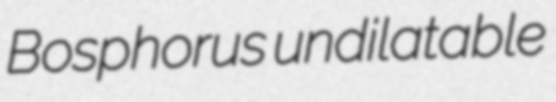
Bosphorus undilatable